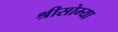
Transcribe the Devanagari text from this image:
श्रीसोम्या